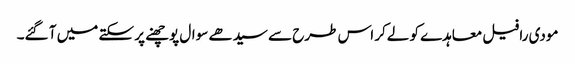
مودی رافیل معاہدے کو لےکر اس طرح سے سیدھے سوال پوچھنے پر سکتے میں آ گئے۔